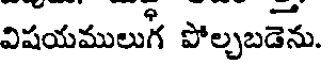
విషయములుగ పోల్చబడెను.